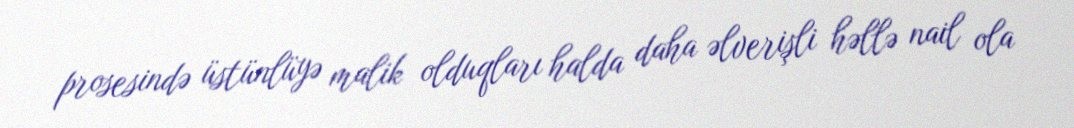
prosesində üstünlüyə malik olduqları halda daha əlverişli həllə nail ola